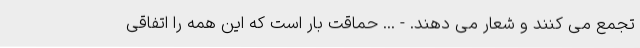
تجمع می کنند و شعار می دهند. - ... حماقت بار است که این همه را اتفاقی